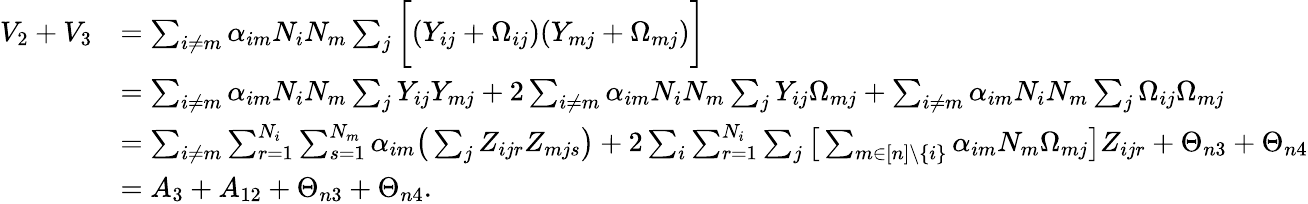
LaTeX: \begin{array}{rl}{V_{2}+V_{3}}&{=\sum_{i\neq m}\alpha_{im}N_{i}N_{m}\sum_{j}\bigg[(Y_{ij}+\Omega_{ij})(Y_{mj}+\Omega_{mj})\bigg]}\\ &{=\sum_{i\neq m}\alpha_{im}N_{i}N_{m}\sum_{j}Y_{ij}Y_{mj}+2\sum_{i\neq m}\alpha_{im}N_{i}N_{m}\sum_{j}Y_{ij}\Omega_{mj}+\sum_{i\neq m}\alpha_{im}N_{i}N_{m}\sum_{j}\Omega_{ij}\Omega_{mj}}\\ &{=\sum_{i\neq m}\sum_{r=1}^{N_{i}}\sum_{s=1}^{N_{m}}\alpha_{im}\big(\sum_{j}Z_{ijr}Z_{mjs}\big)+2\sum_{i}\sum_{r=1}^{N_{i}}\sum_{j}\big[\sum_{m\in[n]\backslash\{ i\} }\alpha_{im}N_{m}\Omega_{mj}\big]Z_{ijr}+\Theta_{n3}+\Theta_{n4}}\\ &{=A_{3}+A_{12}+\Theta_{n3}+\Theta_{n4}.}\end{array}